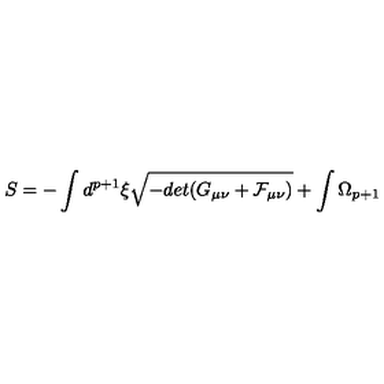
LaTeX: S = - \int d ^ { p + 1 } \xi \sqrt { - d e t ( G _ { \mu \nu } + { \cal F } _ { \mu \nu } ) } + \int \Omega _ { p + 1 }